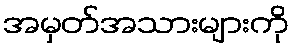
အမှတ်အသားများကို